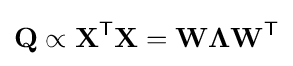
\mathbf {Q} \propto \mathbf {X} ^{\mathsf {T}}\mathbf {X} =\mathbf {W} \mathbf {\Lambda } \mathbf {W} ^{\mathsf {T}}